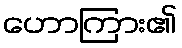
ဟောကြား၏